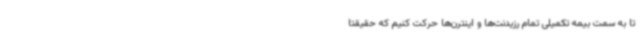
تا به سمت بیمه تکمیلی تمام رزیدنت‌ها و اینترن‌ها حرکت کنیم که حقیقتا